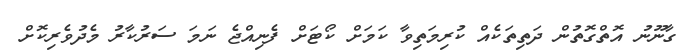
ގާނޫނު އޮތްގޮތުން ދަތިތަކެއް ކުރިމަތިވާ ކަމަށް ކޯޓަށް ފެނިއްޖެ ނަމަ ސަރުކާރު މެދުވެރިކޮށް